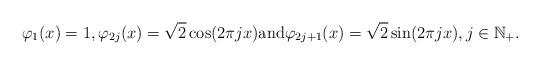
LaTeX: \begin{align*} \varphi_1(x) = 1, \varphi_{2j}(x) = \sqrt{2}\cos(2\pi jx) \mbox{and} \varphi_{2j+1}(x) =\sqrt{2}\sin(2\pi jx), j \in \mathbb{N}_+.\end{align*}